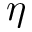
\eta